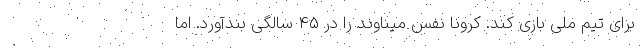
برای تیم ملی بازی کند. کرونا نفس میناوند را در ۴۵ سالگی بندآورد. اما